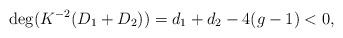
LaTeX: \begin{align*}\deg(K^{-2}(D_1+D_2)) = d_1+d_2-4(g-1)<0,\end{align*}